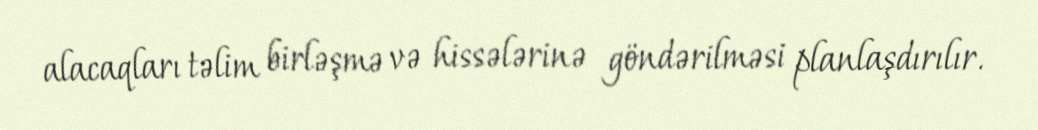
alacaqları təlim birləşmə və hissələrinə göndərilməsi planlaşdırılır.